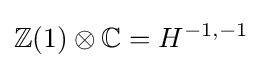
\mathbb {Z} (1)\otimes \mathbb {C} =H^{-1,-1}